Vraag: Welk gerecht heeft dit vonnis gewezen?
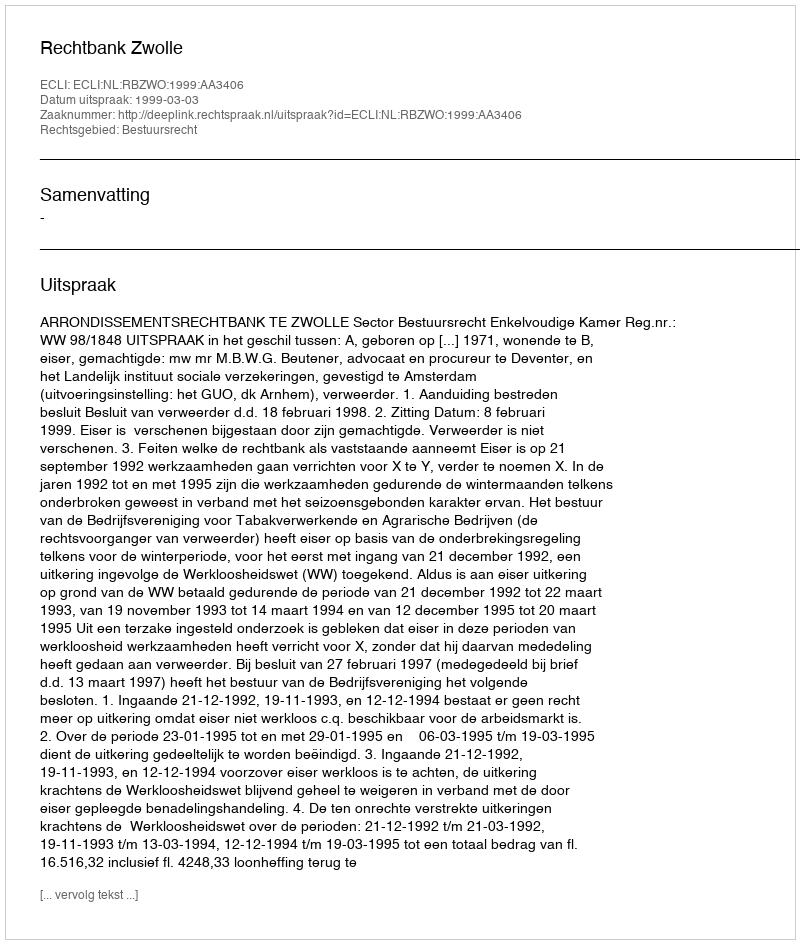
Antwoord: Rechtbank Zwolle